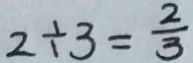
2 \div 3 = \frac { 2 } { 3 }